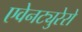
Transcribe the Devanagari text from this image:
एवेनट्युरेरो